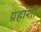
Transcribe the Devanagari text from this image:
ग्रहांशी